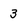
Character: 3